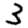
Digit: 3